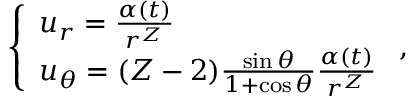
\left\{ \begin{array} { l } { u _ { r } = \frac { \alpha ( t ) } { r ^ { Z } } } \\ { u _ { \theta } = ( Z - 2 ) \frac { \sin \theta } { 1 + \cos \theta } \frac { \alpha ( t ) } { r ^ { Z } } } \end{array} \right. ,